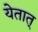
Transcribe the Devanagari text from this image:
येतात्